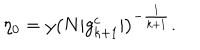
LaTeX: \eta _ { 0 } = y \left( N | g _ { k + 1 } ^ { c } | \right) ^ { - \frac { 1 } { k + 1 } } .